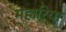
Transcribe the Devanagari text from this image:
महारिया